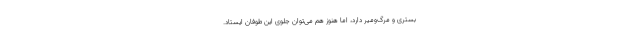
بستری و مرگ‌ومیر دارد، اما هنوز هم می‌توان جلوی این طوفان ایستاد.